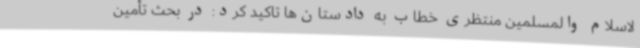
لاسلام والمسلمین منتظری خطاب به دادستان‌ها تاکید کرد: در بحث تأمین